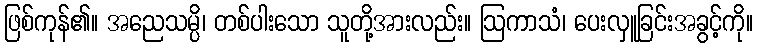
ဖြစ်ကုန်၏။ အညေသမ္ပိ၊ တစ်ပါးသော သူတို့အားလည်း။ ဩကာသံ၊ ပေးလှူခြင်းအခွင့်ကို။